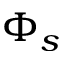
\Phi _ { s }